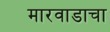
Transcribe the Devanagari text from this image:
मारवाडाचा